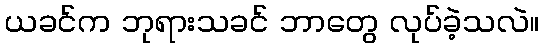
ယခင်က ဘုရားသခင် ဘာတွေ လုပ်ခဲ့သလဲ။